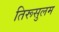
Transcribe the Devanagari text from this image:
तिरूसुलम